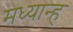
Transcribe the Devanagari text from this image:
मध्‍यान्‍ह